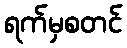
ရက်မှစတင်